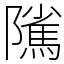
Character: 隲